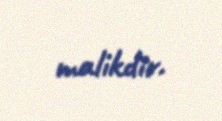
malikdir.